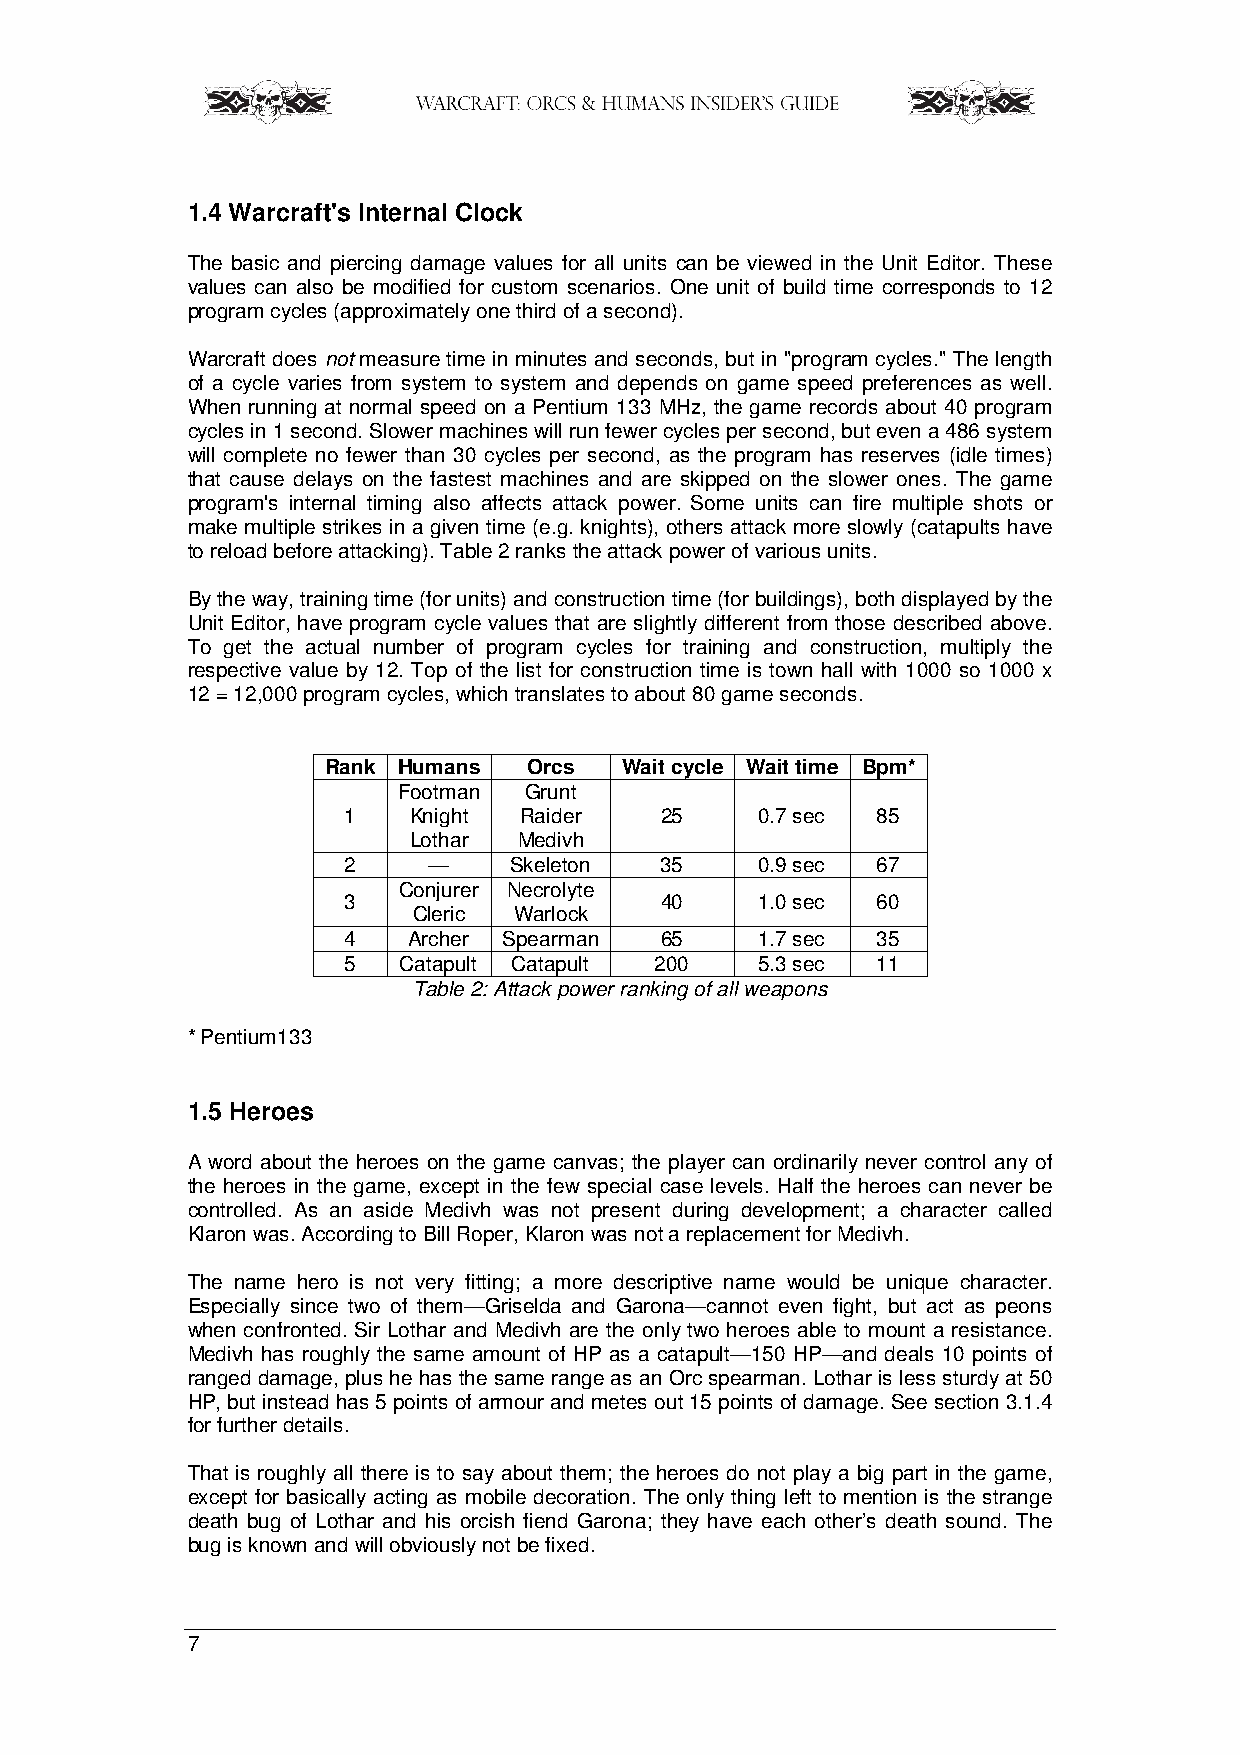
1.4 Warcraft's Internal Clock
 The basic and piercing damage values for all units can be viewed in the Unit Editor. These
 values can also be modified for custom scenarios. One unit of build time corresponds to 12
 program cycles (approximately one third of a second).
 Warcraft does not measure time in minutes and seconds, but in "program cycles." The length
 of a cycle varies from system to system and depends on game speed preferences as well.
 When running at normal speed on a Pentium 133 MHz, the game records about 40 program
 cycles in 1 second. Slower machines will run fewer cycles per second, but even a 486 system
 will complete no fewer than 30 cycles per second, as the program has reserves (idle times)
 that cause delays on the fastest machines and are skipped on the slower ones. The game
 program's internal timing also affects attack power. Some units can fire multiple shots or
 make multiple strikes in a given time (e.g. knights), others attack more slowly (catapults have
 to reload before attacking). Table 2 ranks the attack power of various units.
 By the way, training time (for units) and construction time (for buildings), both displayed by the
 Unit Editor, have program cycle values that are slightly different from those described above.
 To get the actual number of program cycles for training and construction, multiply the
 respective value by 12. Top of the list for construction time is town hall with 1000 so 1000 x
 12 = 12,000 program cycles, which translates to about 80 game seconds.
 Rank Humans   Orcs  Wait cycle Wait time Bpm*
 Footman  Grunt
 1   Knight Raider    25    0.7 sec 85
 Lothar Medivh
 2    —     Skeleton  35    0.9 sec 67
 Conjurer Necrolyte
 3                    40    1.0 sec 60
 Cleric Warlock
 4   Archer Spearman  65    1.7 sec 35
 5  Catapult Catapult 200   5.3 sec 11
 Table 2: Attack power ranking of all weapons
 * Pentium133
 1.5 Heroes
 A word about the heroes on the game canvas; the player can ordinarily never control any of
 the heroes in the game, except in the few special case levels. Half the heroes can never be
 controlled. As an aside Medivh was not present during development; a character called
 Klaron was. According to Bill Roper, Klaron was not a replacement for Medivh.
 The name hero is not very fitting; a more descriptive name would be unique character.
 Especially since two of them—Griselda and Garona—cannot even fight, but act as peons
 when confronted. Sir Lothar and Medivh are the only two heroes able to mount a resistance.
 Medivh has roughly the same amount of HP as a catapult—150 HP—and deals 10 points of
 ranged damage, plus he has the same range as an Orc spearman. Lothar is less sturdy at 50
 HP, but instead has 5 points of armour and metes out 15 points of damage. See section 3.1.4
 for further details.
 That is roughly all there is to say about them; the heroes do not play a big part in the game,
 except for basically acting as mobile decoration. The only thing left to mention is the strange
 death bug of Lothar and his orcish fiend Garona; they have each other’s death sound. The
 bug is known and will obviously not be fixed.
 7